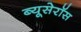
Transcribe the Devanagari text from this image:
ब्यूसेरॉस